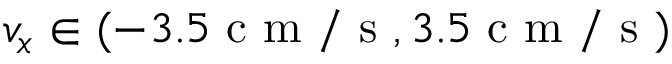
v _ { x } \in ( - 3 . 5 \mathrm { ~ c ~ m ~ / ~ s ~ } , 3 . 5 \mathrm { ~ c ~ m ~ / ~ s ~ } )